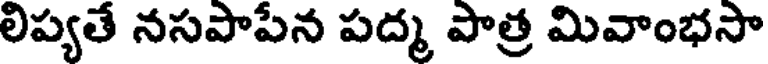
లిప్యతే నసపాపేన పద్మ పాత్ర మివాంభసా